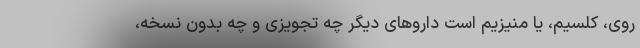
روی، کلسیم، یا منیزیم است داروهای دیگر چه تجویزی و چه بدون نسخه،